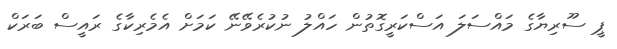
ޕީ ސޫރިޔާގެ މައްސަލަ އަސްކަރީގޮތުން ހައްލު ނުކުރެވޭނޭ ކަމަށް އެމެރިކާގެ ރައީސް ބަރަކް